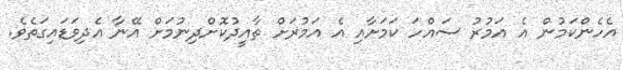
އެހެންކަމުން އެ އަމުރު ސައްހަ ކަމަށާއި އެ އަމުރަށް ތާއީދުކޮށްދިނުމަށް އޭނާ އެދިވަޑައިގަތެވެ.